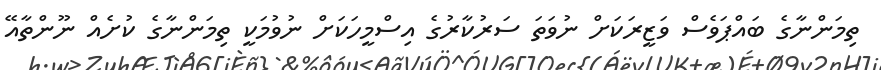
ތިމަންނާގެ ބައްޕަވެސް ވަޒީރަކަށް ނުވަތަ ސަރުކާރުގެ އިސްމީހަކަށް ނުވުމަކީ ތިމަންނާގެ ކުށެއް ނޫންތާއޭ